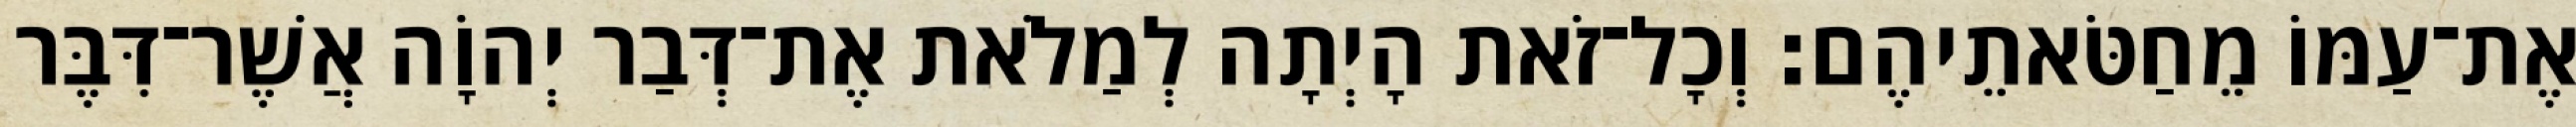
אֶת־עַמּוֹ מֵחַטֹּאתֵיהֶם׃ וְכָל־זֹאת הָיְתָה לְמַלֹאת אֶת־דְּבַר יְהוָֹה אֲשֶׁר־דִּבֶּר